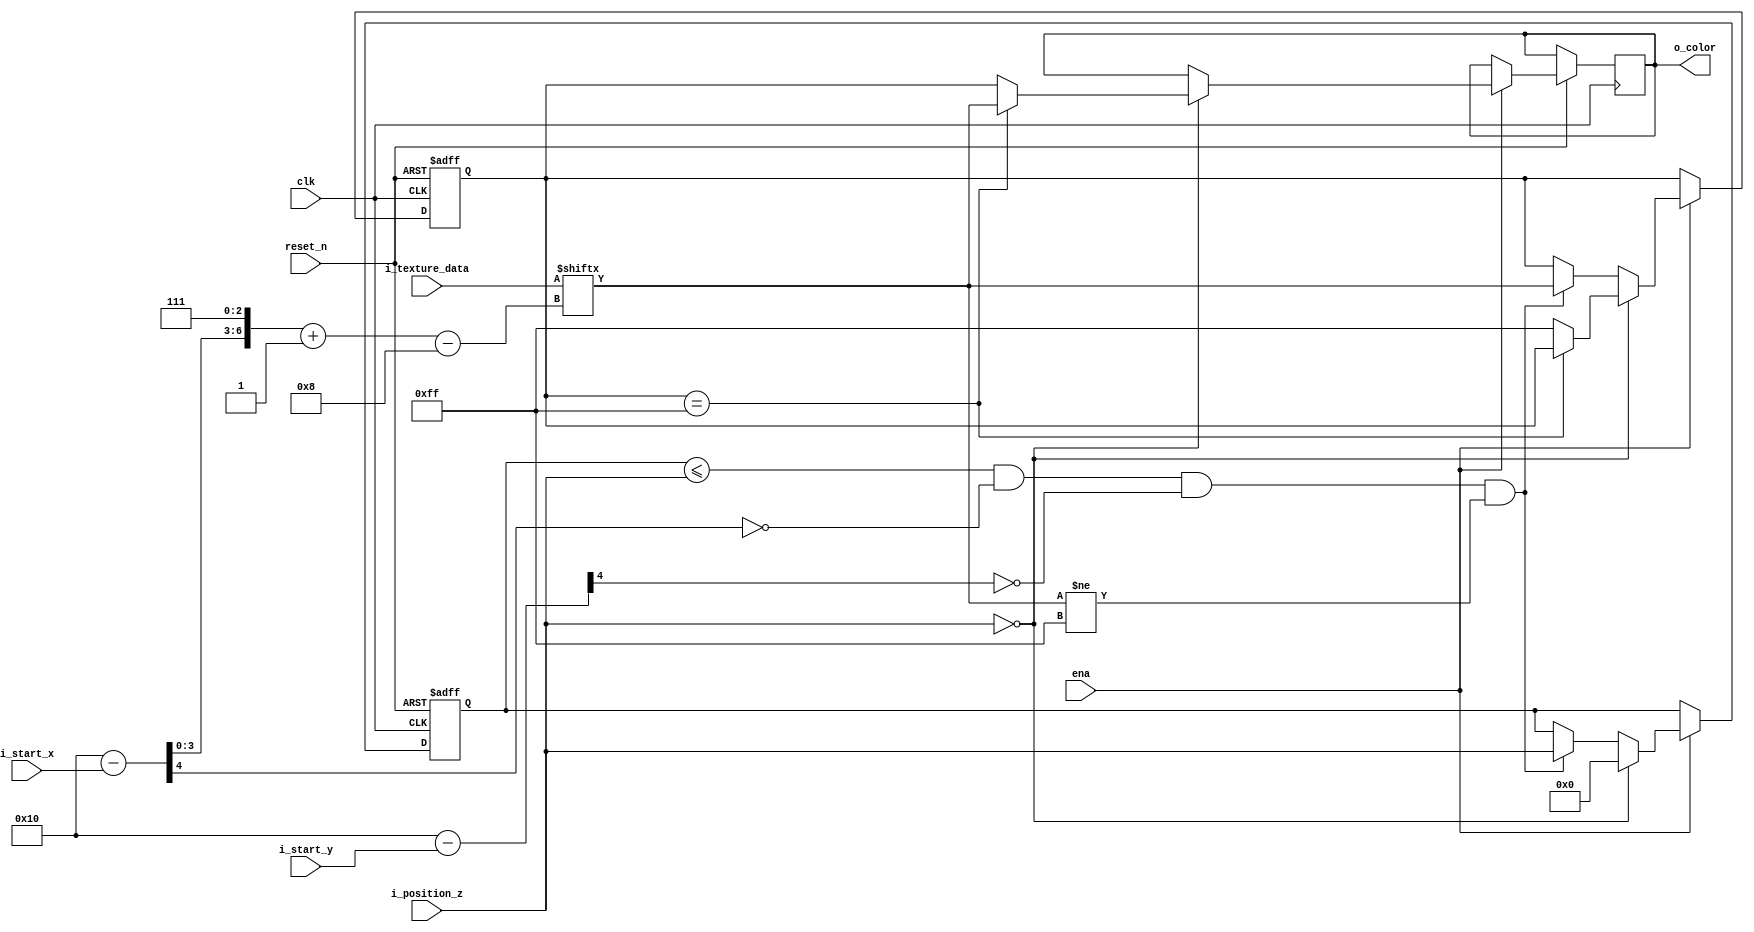
module StreamProcessor #(
    parameter my_position_x = 0,
    parameter my_position_y = 0
) (
    input wire clk,
    input wire reset_n,

    input wire ena,

    input wire [16 * 8 - 1 :0] i_texture_data,
    input wire [4:0] i_start_x,
    input wire [4:0] i_start_y,
    input wire [7:0] i_position_z,

    output wire [7:0] o_color
);
    reg [7:0] current_position;
    reg [7:0] current_color;
    reg [7:0] output_color;

    wire [4:0] start_x_check = {1'b1, my_position_x[3:0]} - i_start_x;
    wire [4:0] start_y_check = {1'b1, my_position_y[3:0]} - i_start_y;

    assign o_color = output_color;

    wire [7:0] new_color = i_texture_data[{start_x_check[3:0], 3'h7} -: 8];

    always @(posedge clk or negedge reset_n) begin
        if (!reset_n) begin
            current_position <= 8'h0;
            current_color <= 255;
        end
        else if (ena) begin
            if (i_position_z == 0) begin
                // background
                if (current_color == 255) begin
                    output_color <= new_color;
                end
                else begin
                    output_color <= current_color;
                    current_color <= 255;
                end
                current_position <= 0;
            end
            else begin
                // spirit
                if (current_position <= i_position_z &&
                    start_x_check[4] == 0 &&
                    start_y_check[4] == 0 &&
                    new_color != 255) begin
                    current_color <= new_color;
                    current_position <= i_position_z;
                end
            end
        end
    end
endmodule